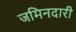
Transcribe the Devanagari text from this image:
जमिनदारी